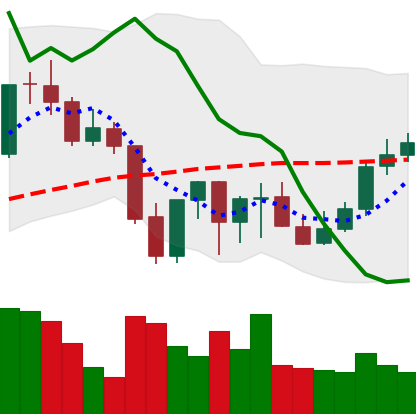
Ticker: LINK-USD
Chart end date: 2021-10-03
Forward return: -4.202%
Label: down_3_5